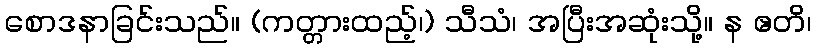
စောဒနာခြင်းသည်။ (ကတ္တားထည့်၊) သီသံ၊ အပြီးအဆုံးသို့။ န ဧတိ၊